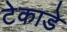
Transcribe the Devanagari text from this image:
टेकाडे